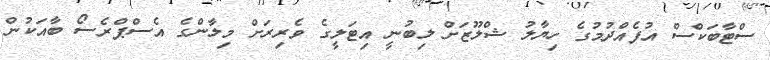
ސްޓާބަކްސް އުފެއްދުމުގެ ހިޔާލު ޝްލޫޒަށް ލިބުނީ އިޓަލީގެ ވެރިރަށް މިލާންގެ އެސްޕްރެސޯ ބާއަކުން